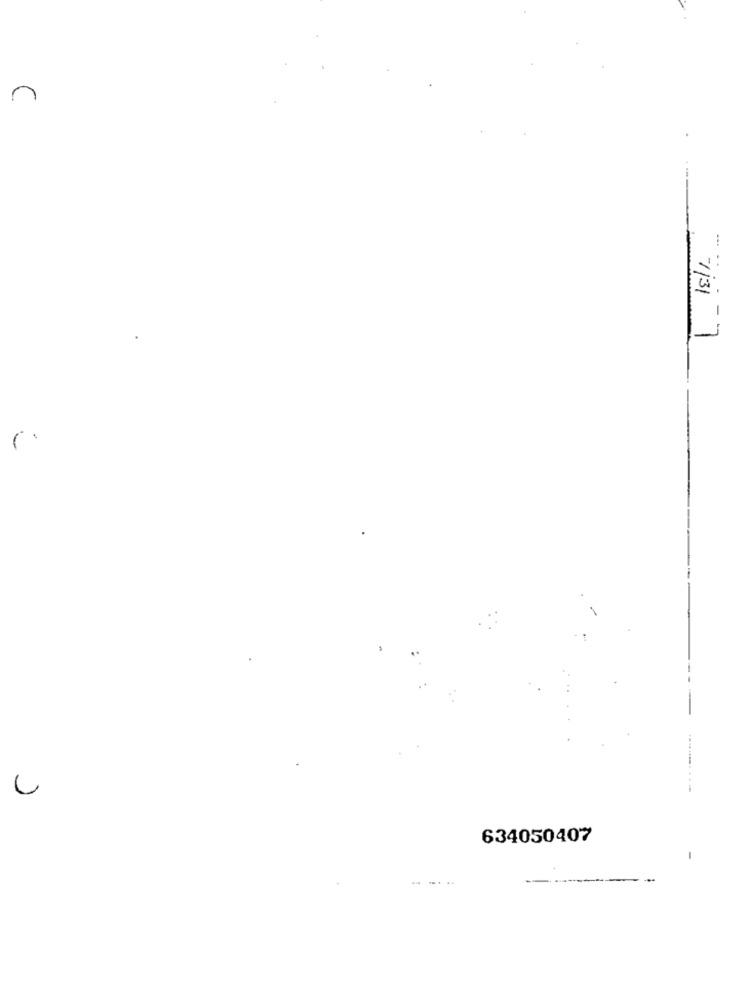
7131 -7
634050407